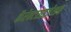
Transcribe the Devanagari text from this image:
कैरेक्टराइज़ेशन